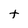
Character: t